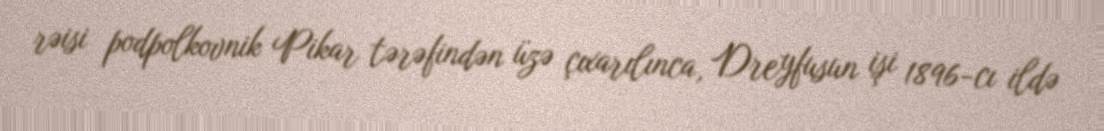
rəisi podpolkovnik Pikar tərəfindən üzə çıxarılınca, Dreyfusun işi 1896-cı ildə